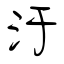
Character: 汙